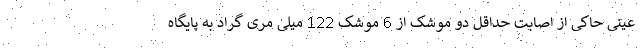
عینی حاکی از اصابت حداقل دو موشک از 6 موشک 122 میلی مری گراد به پایگاه